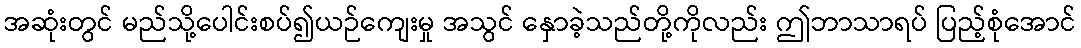
အဆုံးတွင် မည်သို့ပေါင်းစပ်၍ယဉ်ကျေးမှု အသွင် နှောခဲ့သည်တို့ကိုလည်း ဤဘာသာရပ် ပြည့်စုံအောင်